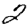
Digit: 2